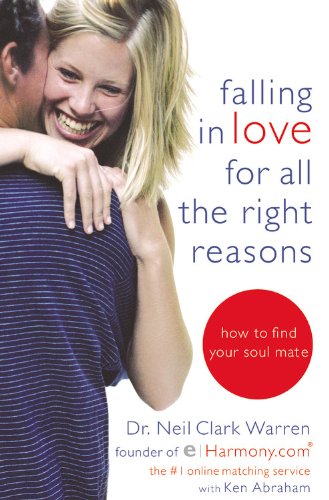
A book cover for Falling in Love for All the Right Reasons: How to Find Your Soul Mate; Neil Clark Warren; Self-Help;